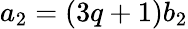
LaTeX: a_{2}=(3q+1)b_{2}